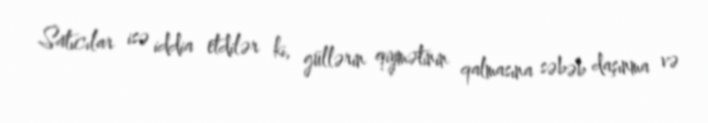
Satıcılar isə iddia etdilər ki, güllərin qiymətinin qalmasına səbəb daşınma və